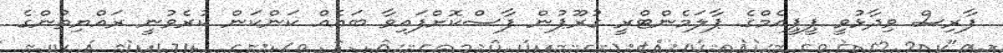
ފާރިސް ވިދާޅުވީ ޕީޕީއެމްގެ ޕާލަމެންޓްރީ ގުރޫޕުން ފާސްކޮށްފައިވާ ބައެއް ކަންކަން ކުރެވުނީ ރައްޔިތުންގެ